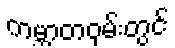
ကမ္ဘာတဝှမ်းတွင်